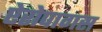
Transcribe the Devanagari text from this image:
ऐरोपागस